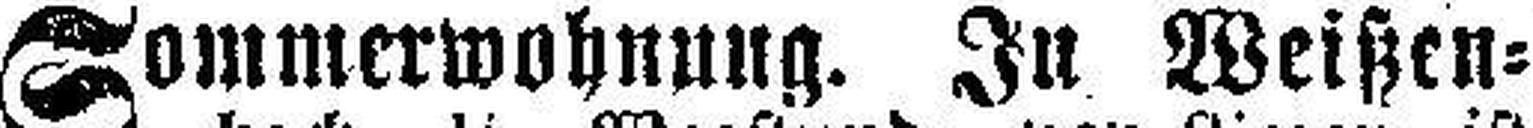
Sommerwohnung. In Weißen¬